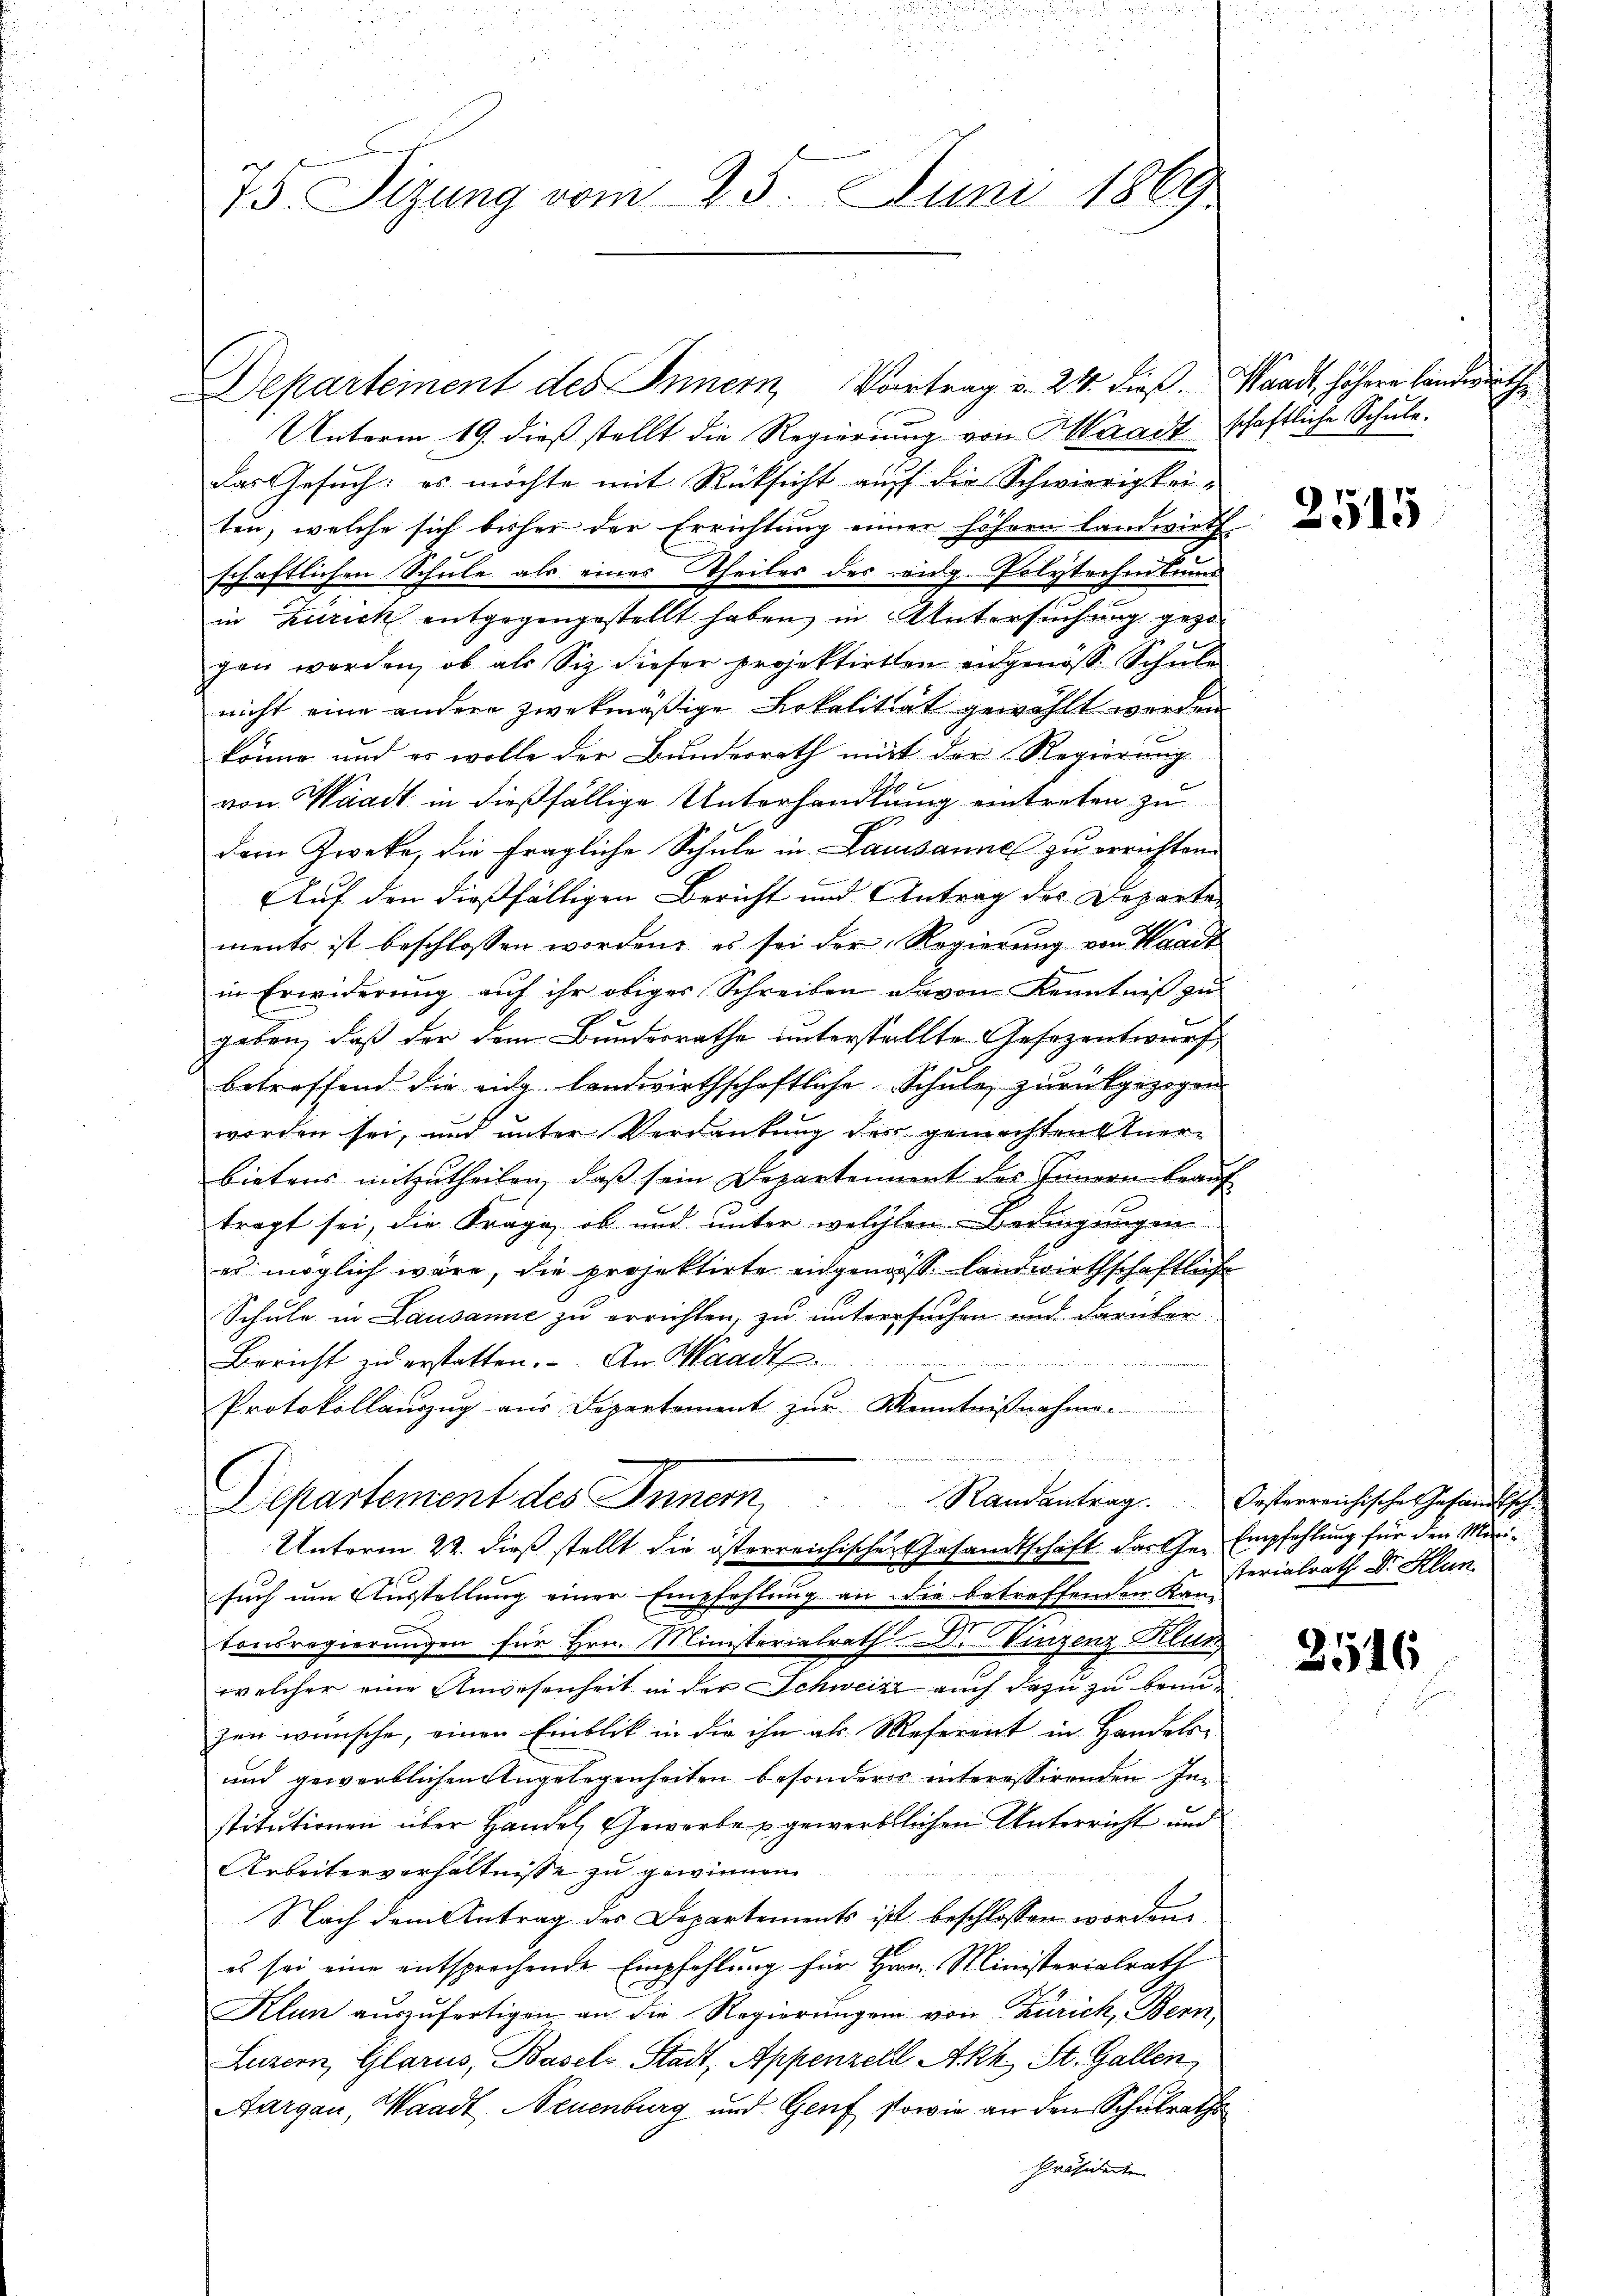
n
45. Sizung vom 25. Juni 1869

Departement des Innern, Vortrag v. 24. dieß. Waadt, höhere Landwirthe
Unterm 19. dieß stellt die Regierung von Waadt schaftliche Schule.
das Gesuch: es möchte mit Rücksicht auf die Schwierigkeiten, welche sich bisher der Errichtung einer höhern Landwirth-
schaftlichen Schule als eines Theiles des eidg. Polytechentums
in Zürich entgegengestellt haben, in Untersuchung gezo
gen werden, ob als Siz dieser projektirten eidgenöss. Schule
nicht eine andere zwekmäßige Lokalität gewählt werden
könne und es wolle der Bundesrath mit der Regierung
von Waadt in dießfällige Unterhandlung eintreten zu
dern Zweke, die fragliche Schule in Lausanne zu errichten
Auf den dießfälligen Bericht und Antrag des Departe
ments ist beschlossen worden, es sei der Regierung von Waadt
in Erwiderung auf ihr obiger Schreiben davon Kenntniß zu
geben, daß der dem Bundesrathe unterstellte Gesezentwurf
betreffend die eidg. landwirthschaftliche Schule zurückgezogen
worden sei, und unter Verdankung des gemachten Anerbietens mitzutheilen, daß sein Departement des Innern beauf
tragt sei, die Frage, ob und unter welchen Bedingungen
es möglich wäre, die projektirte eingenoss landwirthschaftliche
Schule in Lausanne zu errichten, zu untersuchen und darüber
Bericht zŭ erstatten. An Waadt.
Protokollaŭszŭg aŭs Departement zŭr Kenntniβnahme.
Departement des Innern, Randantrag. Oesterreichisches Gesandtsch
Unterm 22. dieß stellt die österreichischer Gesandtschaft das Ge- Empfehlung für den Minisuch um Ausstellung einer Empfehlung an die betreffenden Kan-
tonsregierungen für Hrn. Ministerialrath Dr. Vinzenz Klut
welcher eine Anwesenheit in der Schweize auch dazu zu brinzen wünsche, einen Einblik in die ihn als Referent in Handels-
und gewerblichen Angelegenheiten besonderes interessirenden Institutionen über Handel, Gewerbe u gewerblichen Unterricht und
Arbeiterverhältnisse zu gewinnen.
Nach dem Antrag des Departements ist beschlossen worden.
es sei eine entsprechende Empfehlung für Hrn. Ministerialrath
Klun aŭszŭfertigen an die Regierŭngen von Zürich, Bern,
Luzern, Glarus, Basels Stadt, Appenzell Akk. St. Gallen
Aargau, Waadt, Neuenburg und Genf sowie an den Schulrathe
Präsidente |

2515

sterialrath Dr. Klan

2516